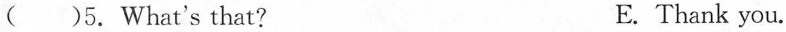
( )5. What's that? E.Thank you.